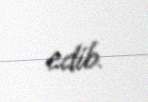
edib.